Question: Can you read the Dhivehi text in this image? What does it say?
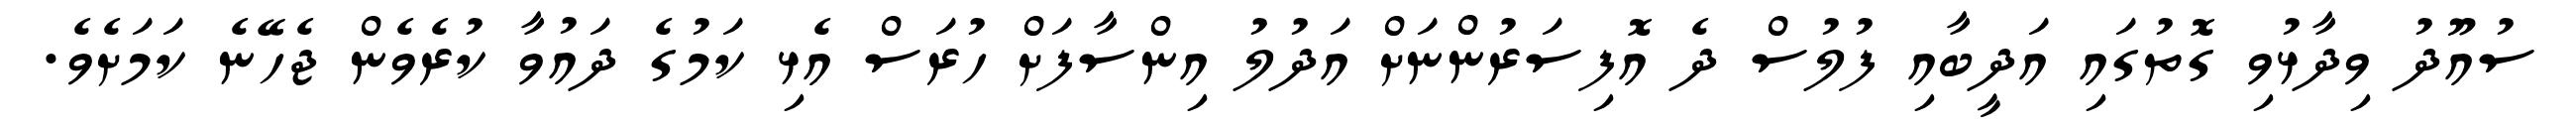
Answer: ސުއޫދު ވިދާޅުވި ގޮތުގައި އަދީބާއި ފުލުސް ދެ އޮފިސަރުންނަށް އަދުލު އިންސާފަށް ހުރަސް އެޅި ކަމުގެ ދައުވާ ކުރެވެން ޖެހޭނެ ކަމަށެވެ.